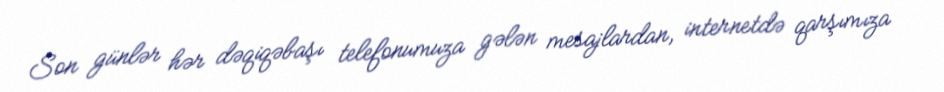
Son günlər hər dəqiqəbaşı telefonumuza gələn mesajlardan, internetdə qarşımıza